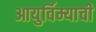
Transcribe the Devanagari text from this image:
आयुर्विम्याची